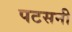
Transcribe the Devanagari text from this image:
पटसनी